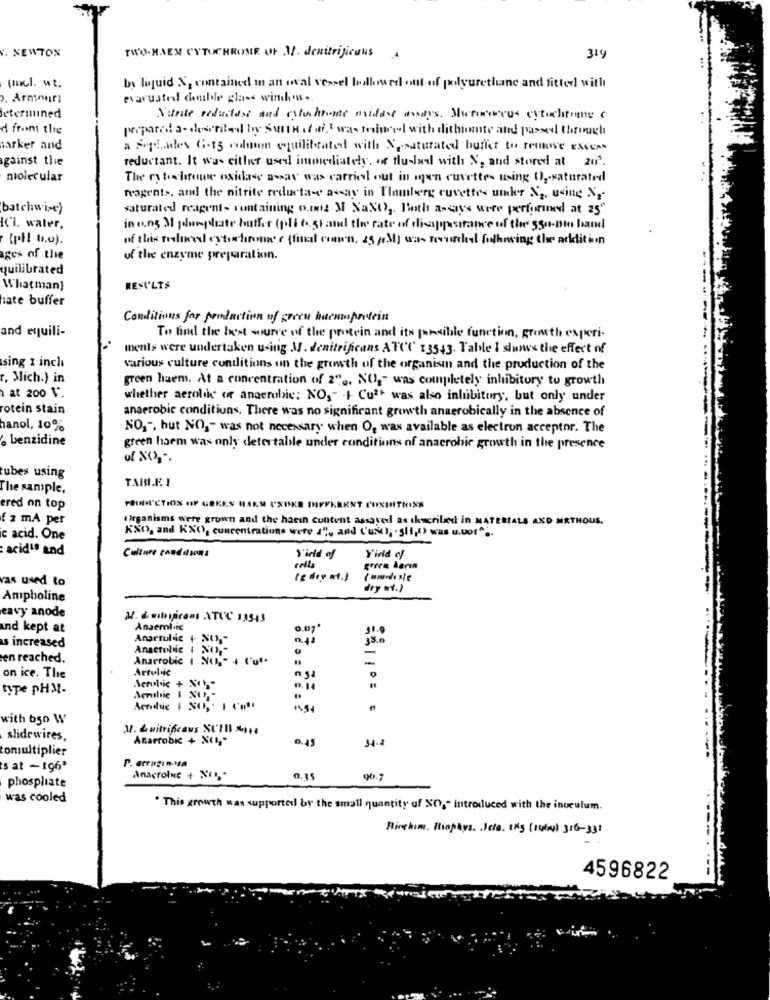
V. NEWTON
TWO-HAEM CYTOCHROME OF M. denitrificuus
319
quel. wt.
by liquid N, contained in an oval vessel boallowed out of polyurethane and fitted with
. Armouri
evacuated comble glass window.
determined
Nitrate reduclass and estochrome midest aosays. Motoricus cytochtume
d from the
prepared a- described by Sunt it ifI was reduced with ditbiomte and passed through
marker and
a Seglades 6-15 column equilibrated with Nosaturated buffet to remove exces
against the
reductant. It was either used immediately. of fluslad with N, and stored at 20h.
molecular
The cytochrome oxidase assay was carried out in open cuvettes using O) ,- saturated
reagents. and the nitrite reducta-e aday in Plainberg cuvettes under N2, using N ,-
batchwise)
saturated reagents containing o.ang M NaNO, Both a-says were performed at 25"
Kl. water,
in o.n5 3 plumphate buffer (poli 6.5) and the rate of disappearance of the 550-pie band
(pil b.v).
of this resloved cytochrome c (final comwn. 25 0M] was nervirchedl folhosing the addition
ages of the
of the enzyme preparation.
quilibrated
Whatman}
RESULTS
hate buffer
Conditions for production of green haeniprotein
and equili-
To find the best source of the protein and it's possible function, growth experi-
ments were undertaken using M. denitrificans ATCC 13543. Table 1 shows the effect of
sing 1 inch
various culture conditions on the growth of the organism and the production of the
r, Mich.) in
green haem. At a concentration of 2" .. NO ,- was completely inhibitory to growth
at 200 V.
whether aerobic of anaerobic; NO," I Cu2+ was also inhibitory, but only under
rotein stain
anaerobic conditions. There was no significant growth anaerobically in the absence of
hanol, 10%
NO,", but NO ,- was not necessary when O, was available as electron acceptor. The
. benzidine
green haem was only detertable under conditions of anaerobic growth in the presence
ubes using
TAMI.E. I
The sample,
ered on top
PRODUCTION OF GRKES HAKM CXDKE INFFKERNT COSINITHINK
f z mA per
Organisms were grown and the haein content assayed as thecribed in MATERIALS AND MRTHOUS.
KXD, and KXO, concentrations were 2", and L'uso), - 5H,") was u.Do:" ...
c acid. One
acidu and
Culture conditions
cells
Y'irid of
Yirid ef
green Aeren
vas used to
(g dey =f.)
dry nt.)
Ampholine
eavy anode
M. d. ubijicons ATUC 13543
und kept at
Anserol-ic
0.07
31.
Anarroldc + SOS
s increased
Anactolie + NO .-
0
en reached.
Anaerobic
-
Artulic
n.52
-
on ice. The
type pHM-
Actulic + 45
Actidie 1 St
with bso W
1. Zuitrificaus SCIB ****
slidewires,
Anaerobic + NOI ,.
0.45
34.2
tomultiplier
P. arragınısa
s at -196'
phosphate
Anacrolne + X
0.35
was cooled
. This growth was supported by the small quantity of NO, - introduced with the inoculum.
Firehim. Biophys. Jeta. 1Kg (14fad) 316-331
4596822